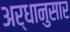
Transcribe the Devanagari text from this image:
अर्धानुसार